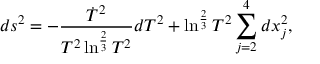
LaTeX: d s ^ { 2 } = - \frac { \dot { T } ^ { 2 } } { T ^ { 2 } \ln ^ { \frac { 2 } { 3 } } T ^ { 2 } } d T ^ { 2 } + \ln ^ { \frac { 2 } { 3 } } T ^ { 2 } \sum _ { j = 2 } ^ { 4 } d x _ { j } ^ { 2 } ,